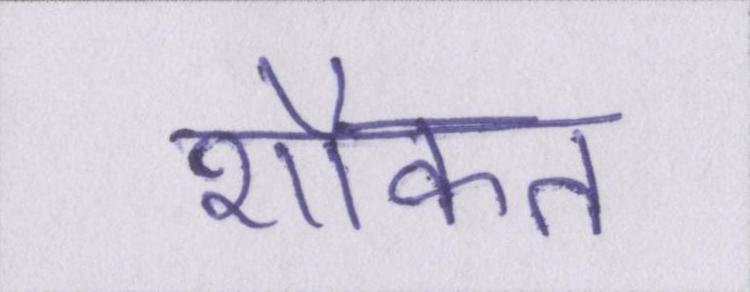
शौकत